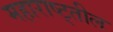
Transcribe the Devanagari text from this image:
महाराष्ट्तील